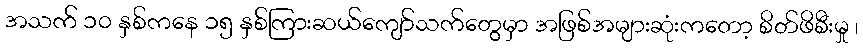
အသက် ၁၀ နှစ်ကနေ ၁၅ နှစ်ကြားဆယ်ကျော်သက်တွေမှာ အဖြစ်အများဆုံးကတော့ စိတ်ဖိစီးမှု ၊